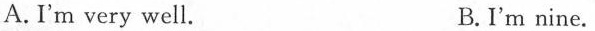
A. I'm very well. B.I'm nine.